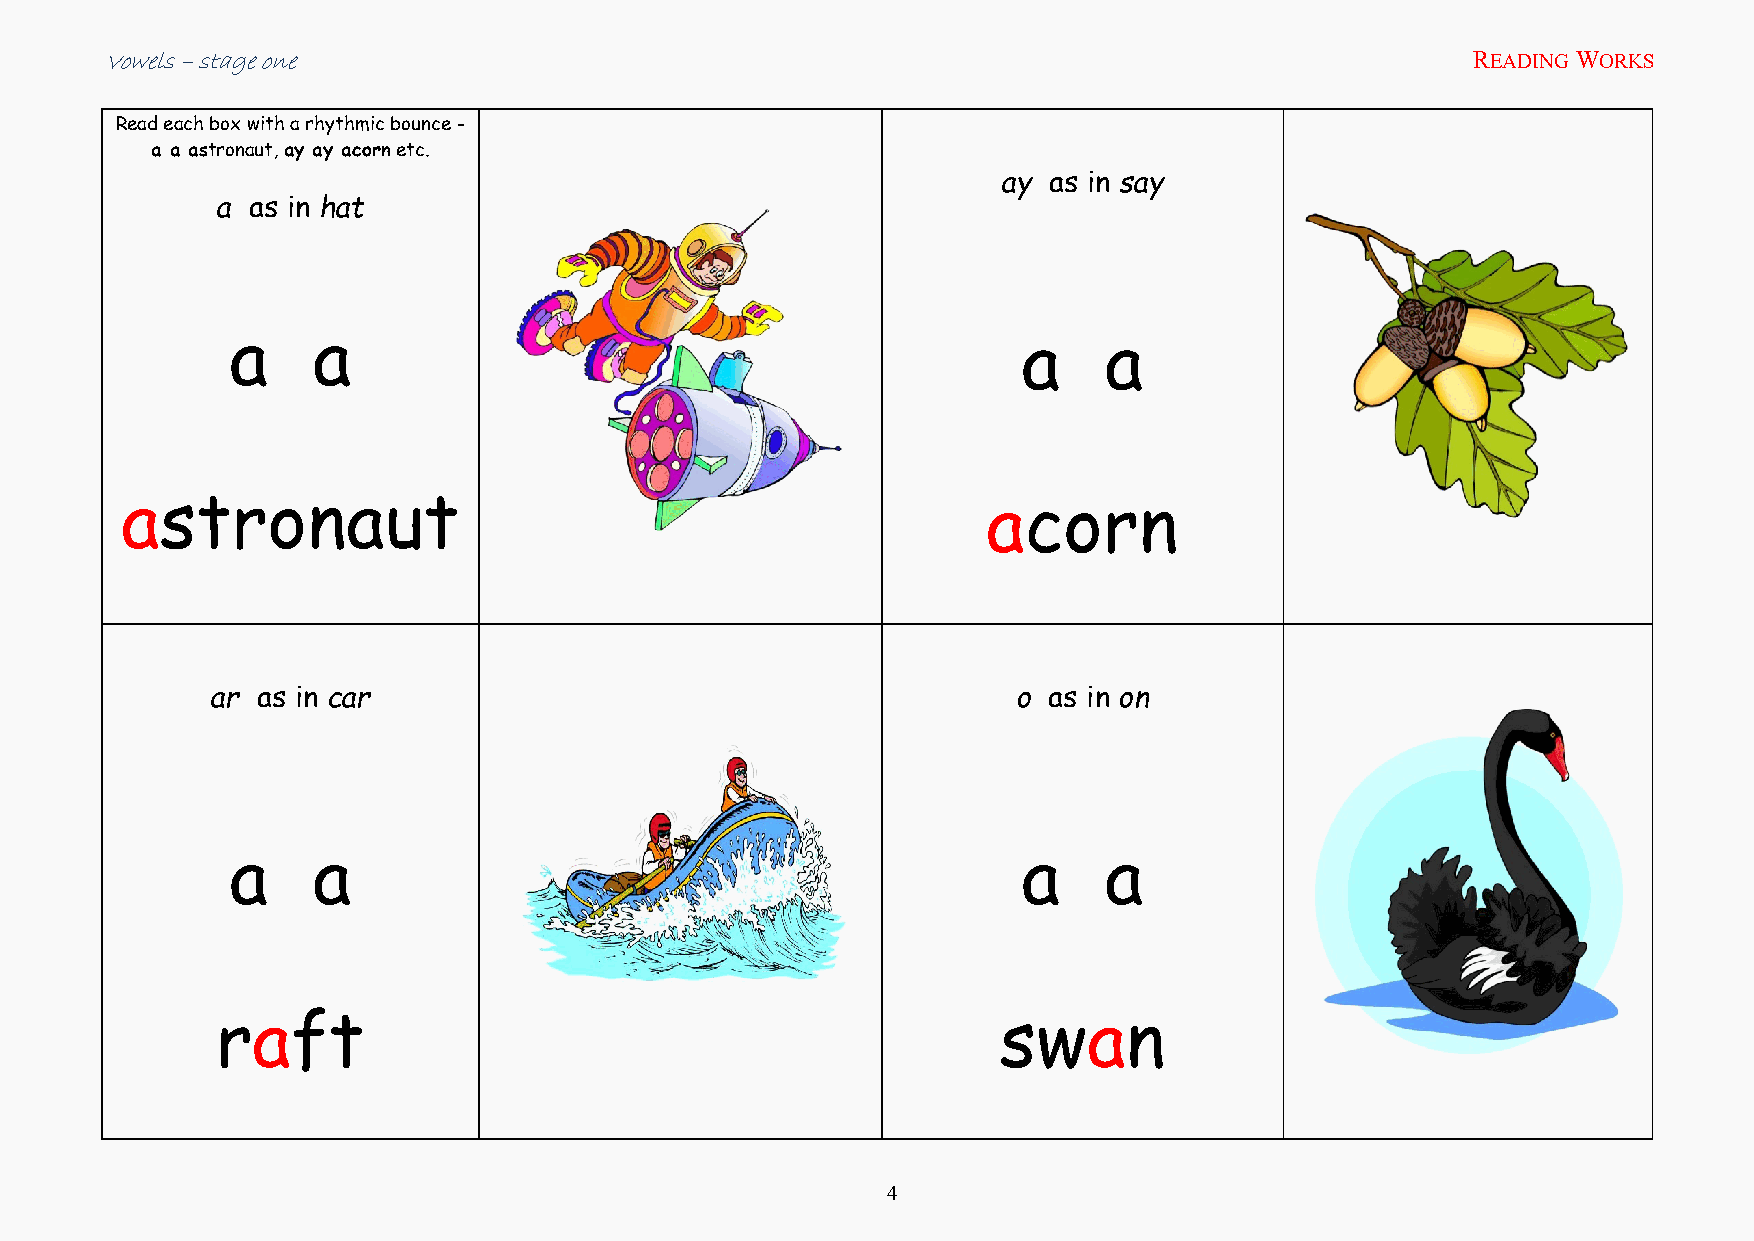
Vowels – stage one                                                                         READING WORKS
 Read each box with a rhythmic bounce -
 a a astronaut, ay ay acorn etc.
 ay as in say
 a as in hat
 a     a                                              a    a
 astronaut                                                acorn
 ar as in car                                         o as in on
 a     a                                              a    a
 raft                                                swan
 4